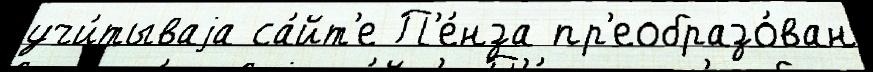
учи́тываjа са́йт'е П'е́нза пр'еобразо́ван